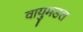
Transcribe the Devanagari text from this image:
वायुमडल